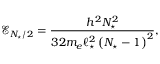
\mathcal { E } _ { N _ { \star } / 2 } = \frac { h ^ { 2 } N _ { \star } ^ { 2 } } { 3 2 m _ { e } \ell _ { \star } ^ { 2 } \left( N _ { \star } - 1 \right) ^ { 2 } } ,